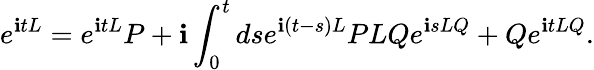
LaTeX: e^{\mathbf{i}tL}=e^{\mathbf{i}tL}P+\mathbf{i}\int_{0}^{t}dse^{\mathbf{i}\left(t-s\right)L}PLQe^{\mathbf{i}sLQ}+Qe^{\mathbf{i}tLQ}.